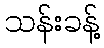
သန်းခန့်